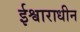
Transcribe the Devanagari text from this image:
ईश्वाराधीन